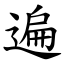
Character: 遍